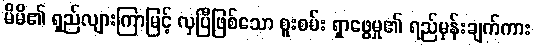
မိမိ၏ ရှည်လျားကြာမြင့် လှပြီဖြစ်သော စူးစမ်း ရှာဖွေမှု၏ ရည်မှန်းချက်ကား